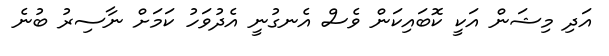
އަދި މިޝަން އަކީ ކޮބައިކަން ވެސް އެނގުނީ އެދުވަހު ކަމަށް ނާސިރު ބުނެ